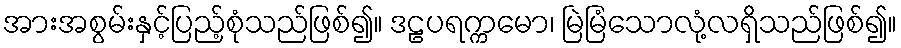
အားအစွမ်းနှင့်ပြည့်စုံသည်ဖြစ်၍။ ဒဠပရက္ကမော၊ မြဲမြံသောလုံ့လရှိသည်ဖြစ်၍။